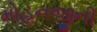
મોહનજીની